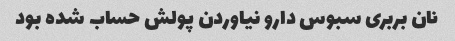
نان بربری سبوس دارو نیاوردن پولش حساب شده بود